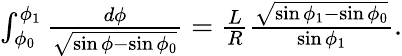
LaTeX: \begin{array}{r}{\int_{\phi_{0}}^{\phi_{1}}\frac{d\phi}{\sqrt{\sin\phi-\sin\phi_{0}}}=\frac{L}{R}\frac{\sqrt{\sin\phi_{1}-\sin\phi_{0}}}{\sin\phi_{1}}.}\end{array}